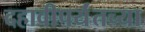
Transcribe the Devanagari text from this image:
दहावीपर्यंतच्या